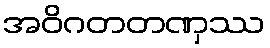
အဝိဂတတဏှဿ